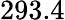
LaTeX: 293.4